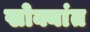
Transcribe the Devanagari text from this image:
खोक्यांत